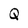
Character: Q